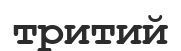
тритий